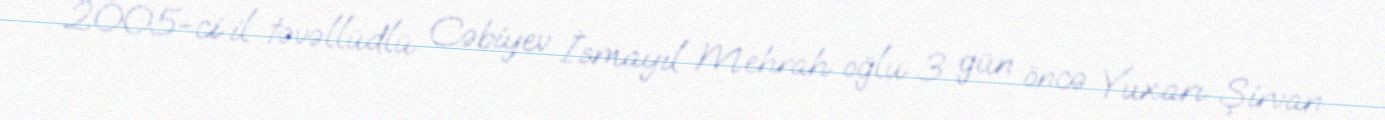
2005-ci il təvəllüdlü Cəbiyev İsmayıl Mehrah oğlu 3 gün öncə Yuxarı Şirvan